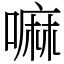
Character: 嘛